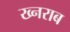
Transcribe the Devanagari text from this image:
ख्नराब